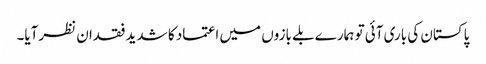
پاکستان کی باری آئی تو ہمارے بلے بازوں میں اعتماد کا شدید فقدان نظرآیا۔